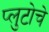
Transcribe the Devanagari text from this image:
प्लुटोचे